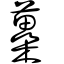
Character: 蘽